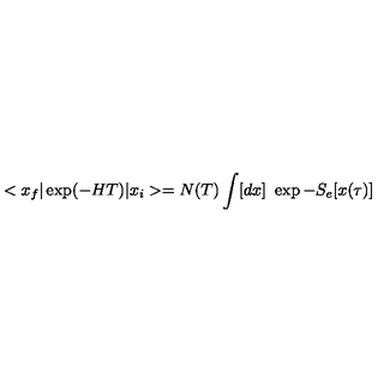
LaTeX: < x _ { f } \vert \exp ( - H T ) \vert x _ { i } > = N ( T ) \int [ d x ] \ \exp - S _ { e } [ x ( \tau ) ]